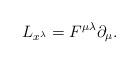
LaTeX: \begin{align*}L_{x^{\lambda}} = F^{\mu \lambda} \partial_{\mu}.\end{align*}